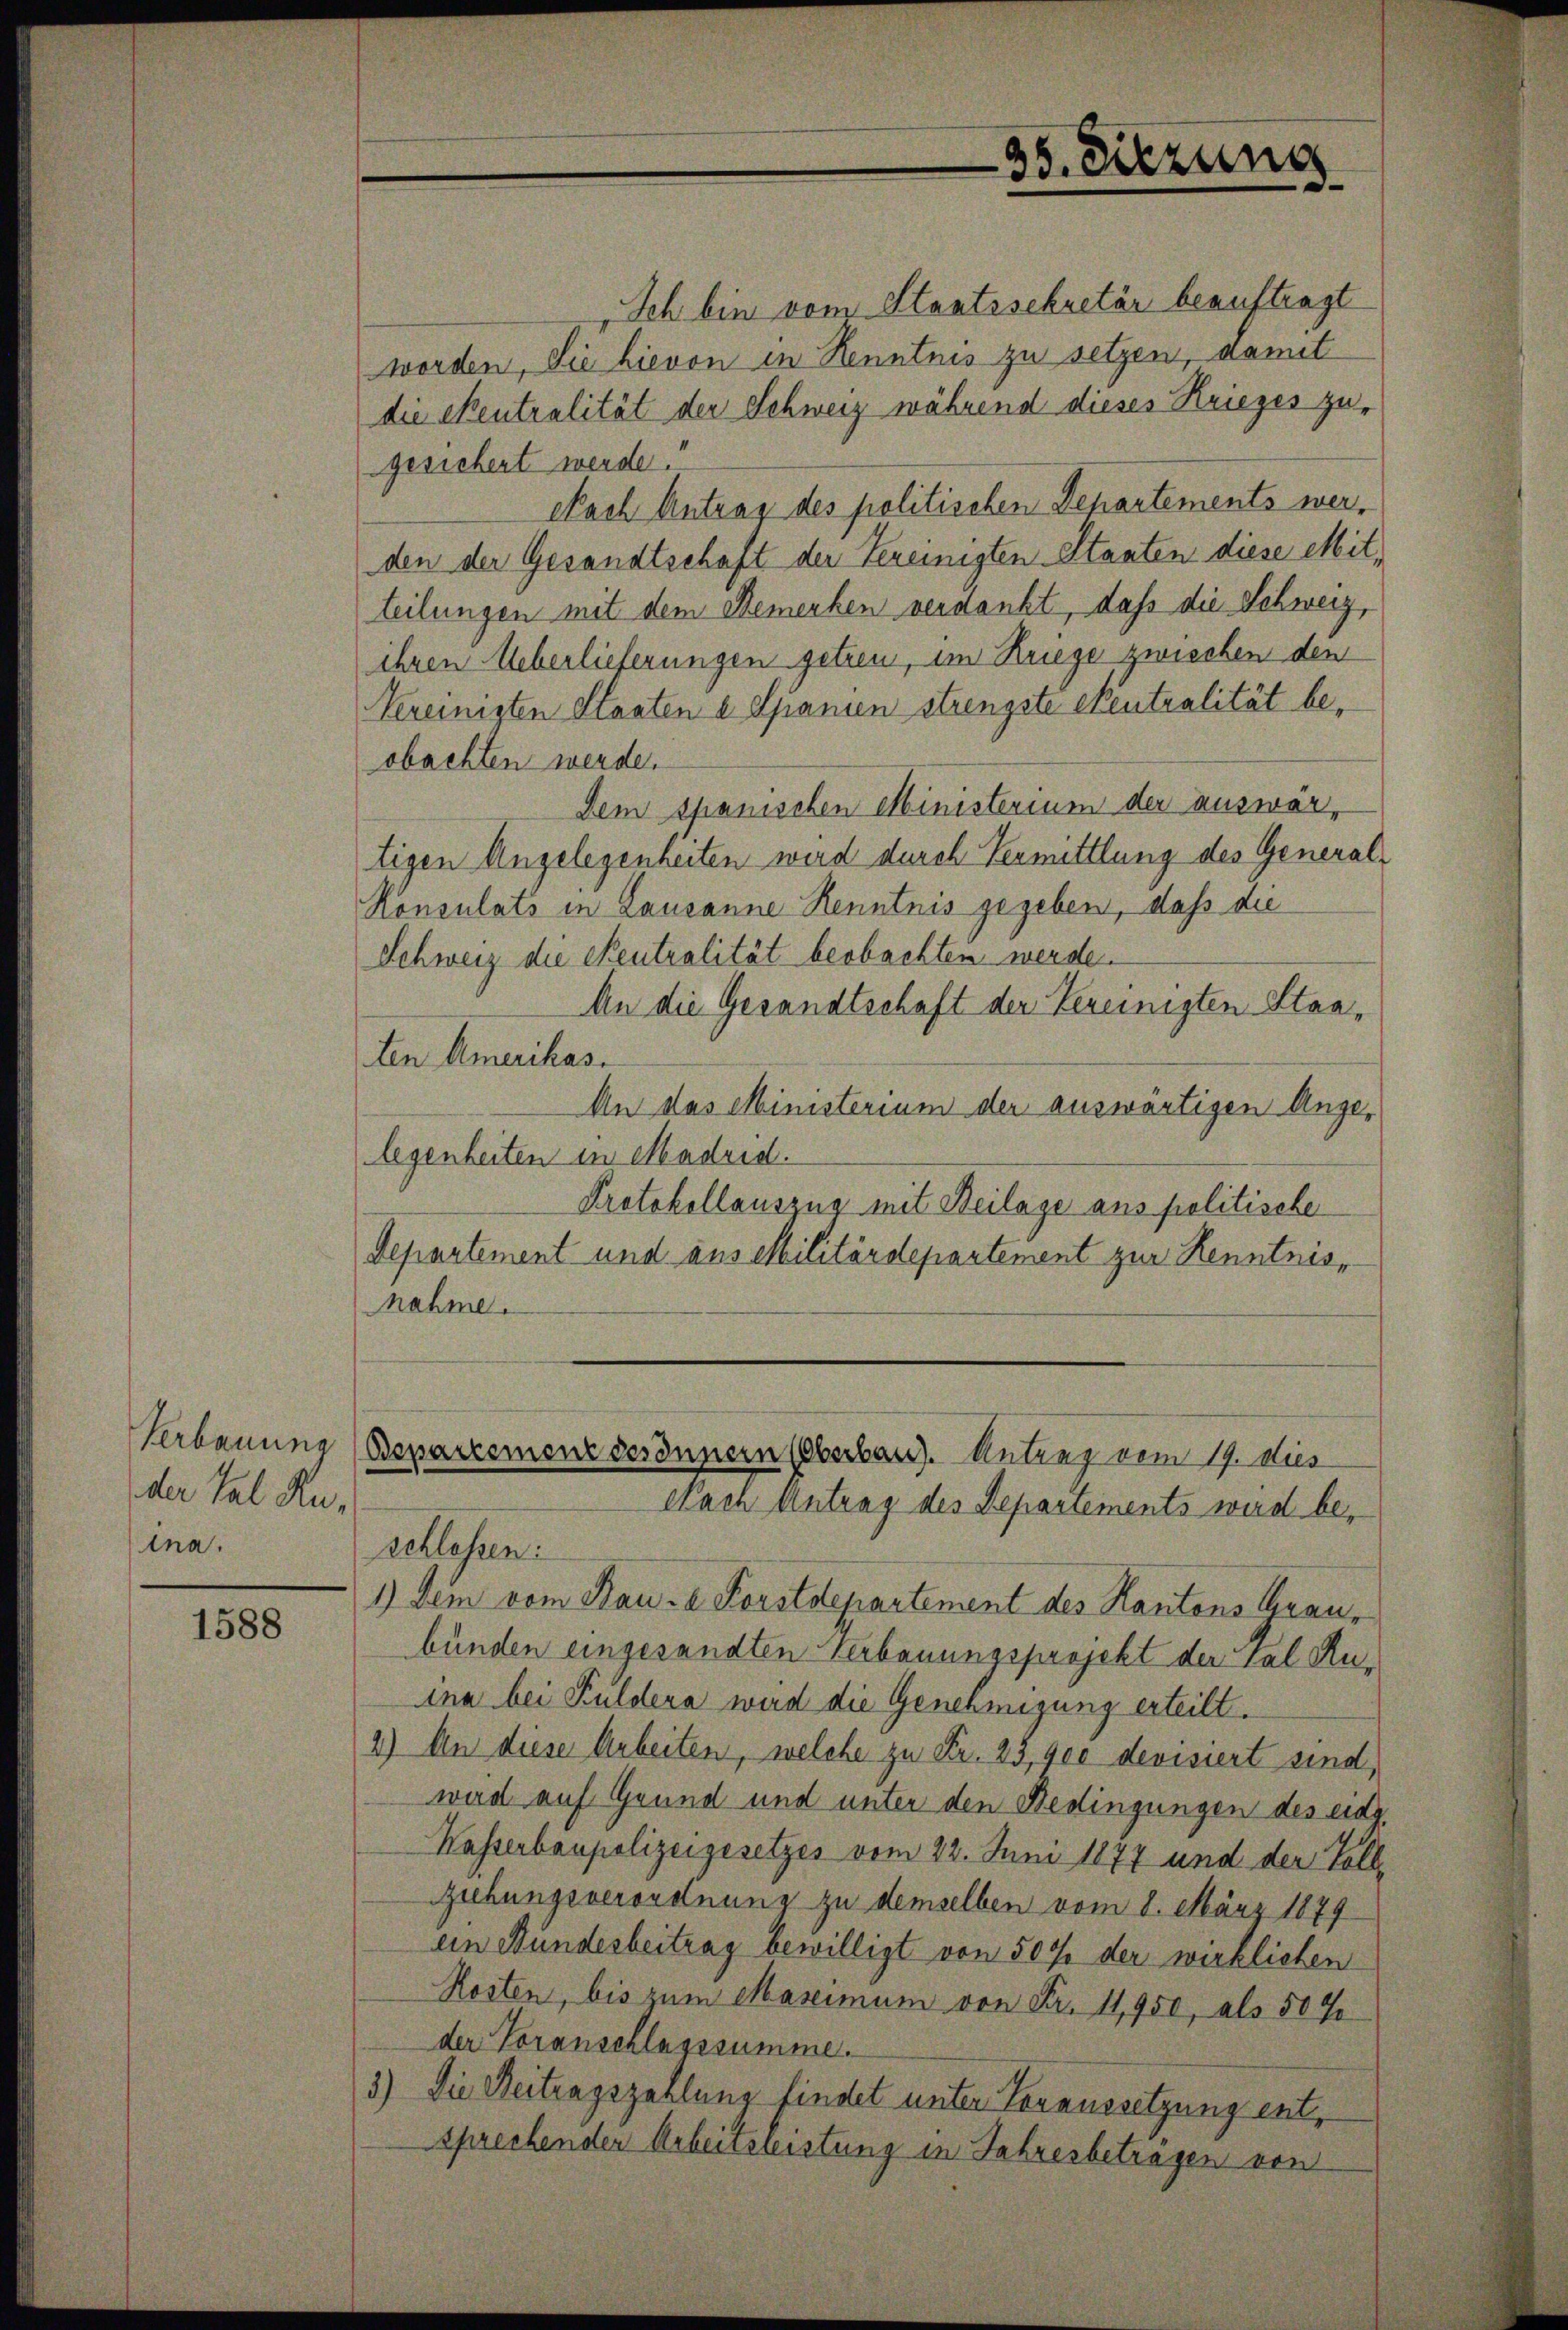
Verbauung
der Tal Rutna.

1588

Ich bin vom Staatssekretär beauftragt
worden, Sie hievon in Kenntnis zu setzen, damit
die Ekentralität der Schweiz während dieses Krieges zu-
gesichert werde.
Nach Antrag des politischen Departements werden der Gesandtschaft der Vereinigten Staaten diese Mitteilungen mit dem Bemerken verdankt, daß die Schweiz,
ihren Ueberlieferungen getreu, im Kriege zwischen den
kereinigten Staaten u Spanien strengste Stentralität beobachten werde.
Dem Spanischen Ministerium der auswärtigen Angelegenheiten wird durch Vermittlung des General-
Konsulats in Lausanne Kenntnis gegeben, daß die
Schweiz die Seutralität beobachten werde.
An die Gesandtschaft der Vereinigten Staaten Amerikas.
An das Ministerium der auswärtigen Angelegenbeiten in Madrid.
Protokollauszug mit Beilage aus politische
Departement und aus Militärdepartement zur Kenntnisnahme.
Bepartement des Innern (Oberbaus. Antrag vom 19. Dies
Nach Antrag des Departements wird beeerlassen.
1.) Dem vom Bau- a. Forstdepartement des Kantons Graubünden eingesandten Verbauungsprojekt der Tal Kuina bei Kuldena wird die Genehmigung erteilt.
2) An diese Arbeiten, welche zu Fr. 23, 900 devisiert sind,
wird auf Grund und unter den Bedingungen des eidg.
Kasserbaupolizeigesetzes vom 22. Juni 1877 und der Voll¬
Ziehungsverordnung zu demselben vom 8. März 1879
ein Stundesbeitrag bewilligt von 500 der wirklichen
Kosten, bis zum Maseimum von Fr. 11,950, als 50%
der Voranschlagssumme.
3) Die Beitragszahlung findet unter Voraussetzung entsprechenden Arbeitsleistung in Jahresbetragen von

35. Sitzung